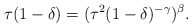
\begin{align*}\tau(1-\delta)=(\tau^2(1-\delta)^{-\gamma})^\beta.\end{align*}